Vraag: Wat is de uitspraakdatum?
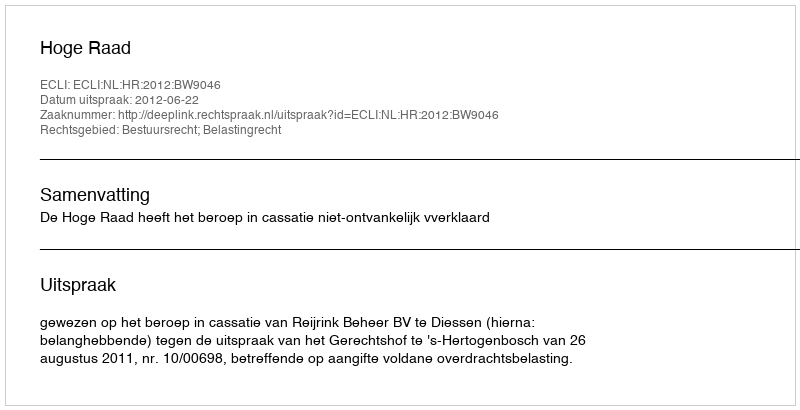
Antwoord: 2012-06-22